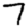
Digit: 7